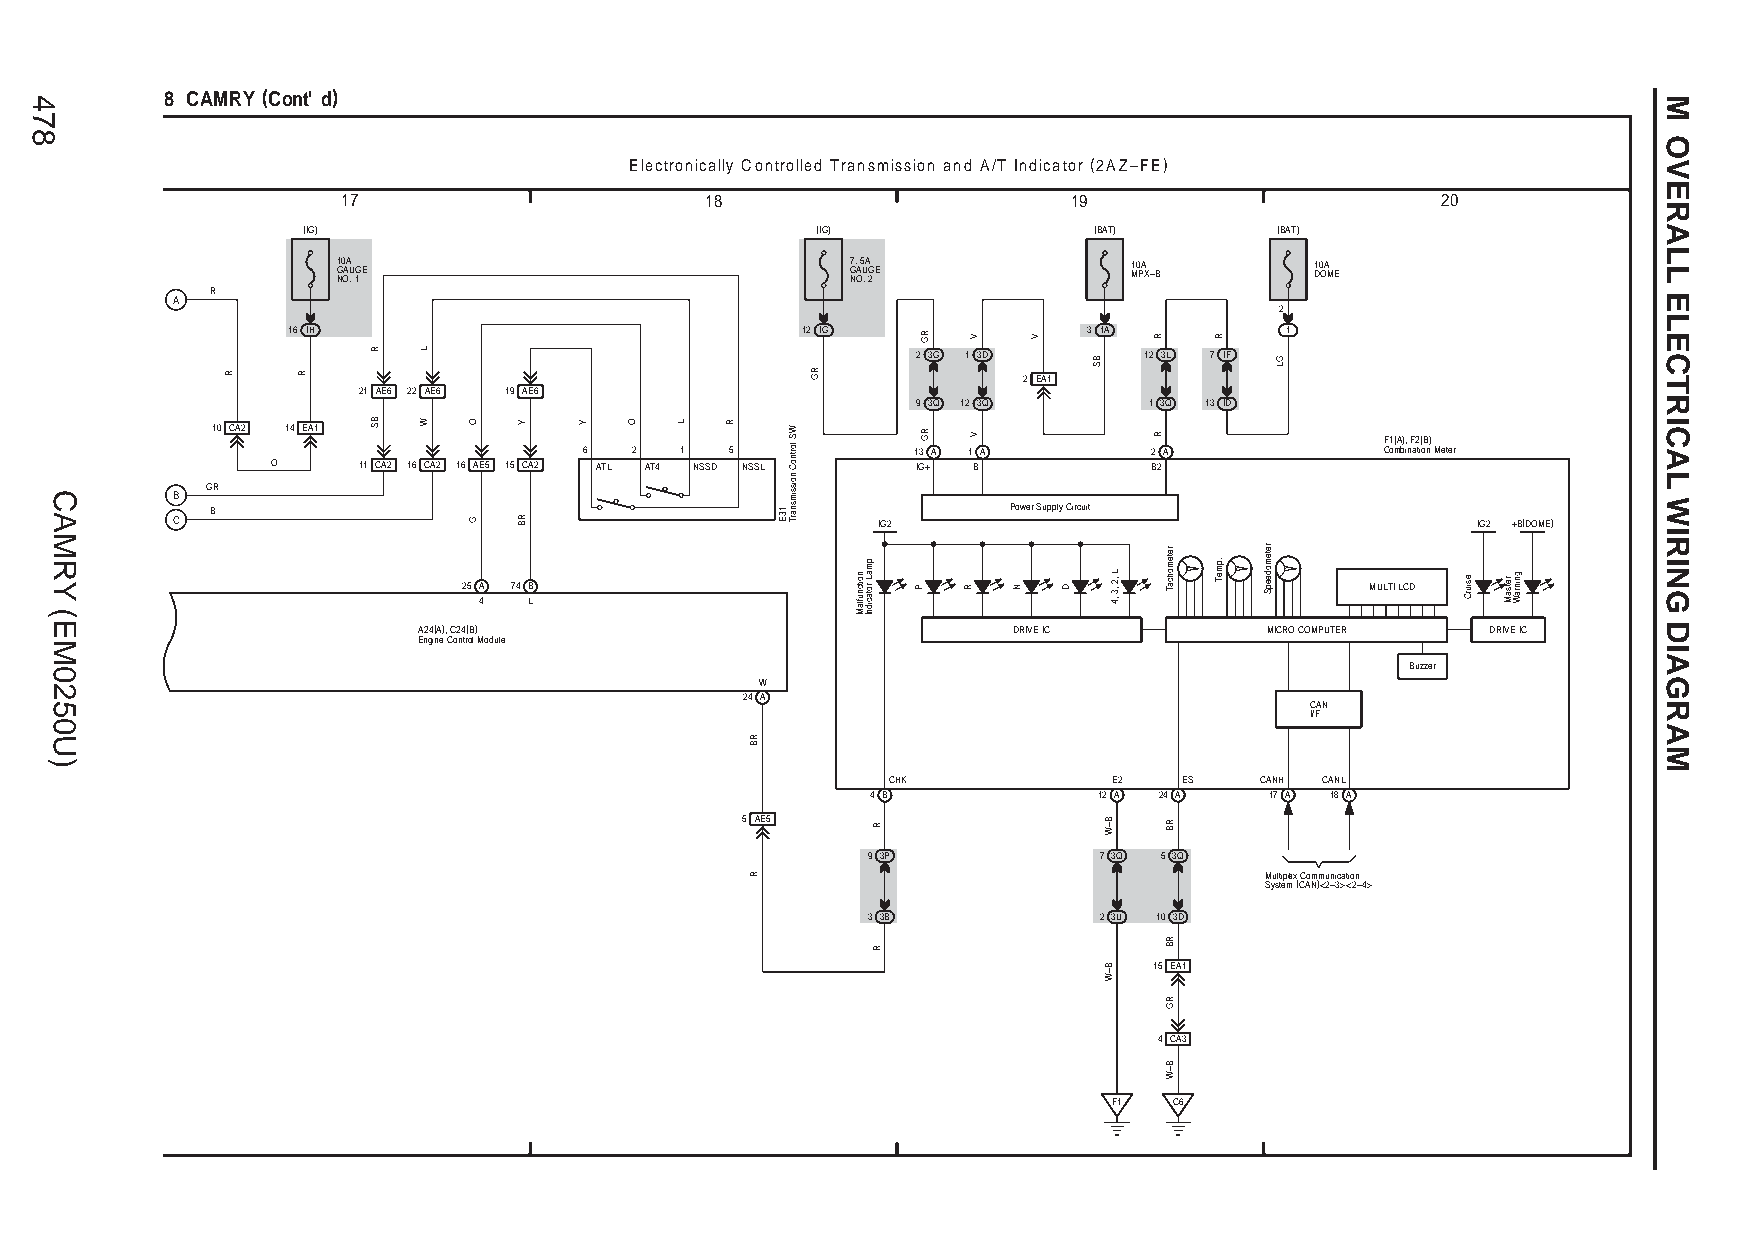
8 CAMRY (Cont' d)
 Electronically Controlled Transmission and A/T Indicator (2AZ–FE)
 17                      18                      19                      20
 (IG)                              (IG)              (BAT)        (BAT)
 1 G N0 OAA U . 1GE                7 G N. OA 5 U .A 2GE 1 M0 PA X–B 1 D0 OA ME
 R A
 2
 16 IH                             12 IG              3 1A         1
 2 3G 1 3D      12 3L 7 IF
 2 EA1
 21 AE6 22 AE6 19 AE6
 9 3Q 12 3Q     1 3Q 13 ID
 10 CA2 14 EA1                                                                 F1(A), F2(B)
 6  2  1  5           13 A 1 A        2 A             Combination Meter
 O     11 CA2 16 CA2 16 AE5 15 CA2 ATL AT4 NSSD NSSL IG+ B B2
 GR
 B
 B                                                    Power Supply Circuit
 C                                              IG2                                     IG2 +B(DOME)
 25 A 74 B                                                   MULTI LCD
 4  L
 A24(A), C24(B)                         DRIVE IC         MICRO COMPUTER DRIVE IC
 Engine Control Module
 Buzzer
 W
 24 A
 CAN
 I/F
 CHK            E2  ES   CANH CANL
 4 B            12 A 24 A  17 A 18 A
 5 AE5
 9 3P            7 3Q 5 3Q
 Multiplex Communication
 System (CAN)<2–3><2–4>
 3 3B            2 3U 10 3D
 15 EA1
 4 CA3
 F1  C6
 478
 CAMRY
 (EM0250U)
 R    R
 R
 BS
 L
 W  O
 G
 Y
 RB
 Y   O  L  R
 RB
 R
 13E
 WS
 lortnoC
 noissimsnarT
 RG
 noitcnuflaM
 pmaL
 rotacidnI
 R
 R
 RG
 RG
 P
 V
 V
 R  N
 V
 D
 BS
 L ,2 ,3
 ,4
 B–W
 B–W
 R
 R
 retemohcaT
 RB
 RB
 RG
 B–W
 R
 .pmeT
 retemodeepS
 GL
 esiurC retsaM gninraW
 M
 OVERALL
 ELECTRICAL
 WIRING
 DIAGRAM